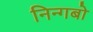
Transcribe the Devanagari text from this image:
निन्गबो